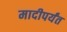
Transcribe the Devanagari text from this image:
मादीपर्यंत